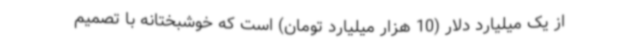
از یک میلیارد دلار (10 هزار میلیارد تومان) است که خوشبختانه با تصمیم